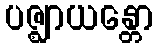
ပဇ္ဈာယန္တော